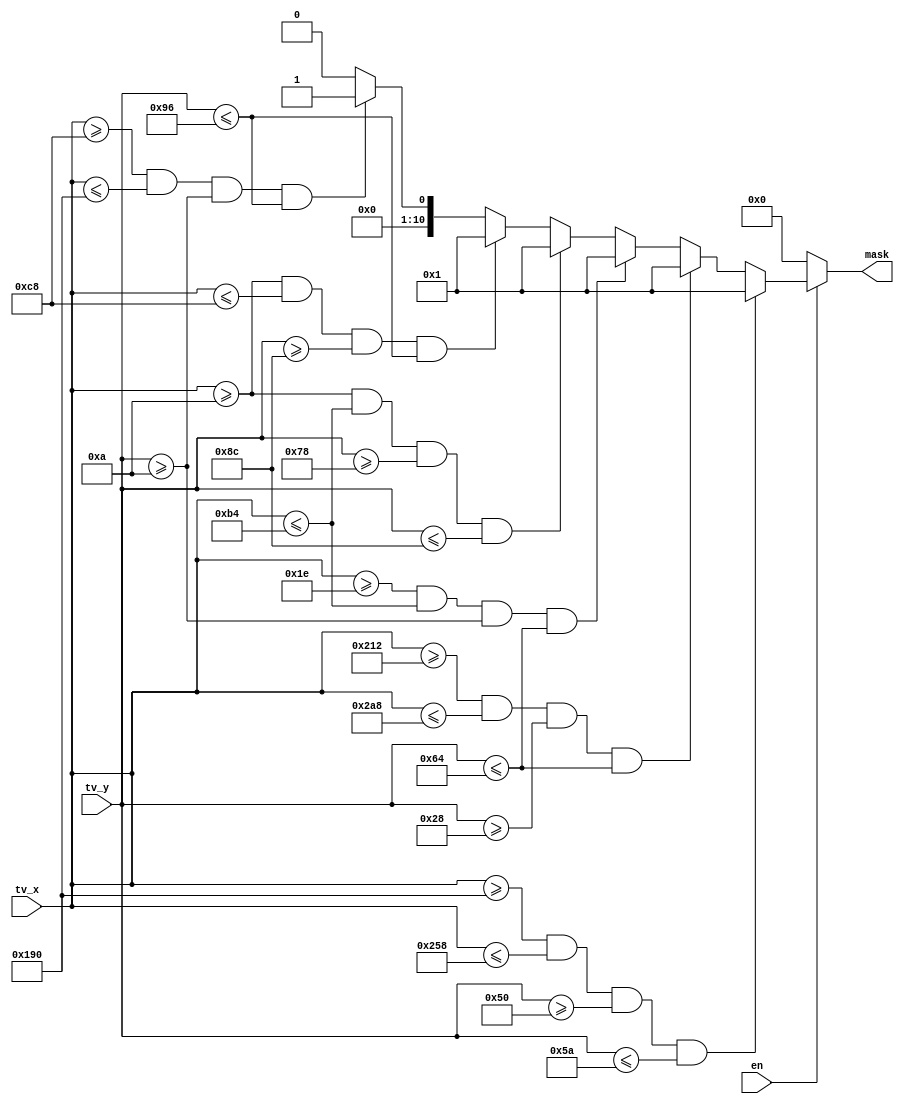
module MASK_TEST(

	input wire [9:0]tv_x,
	input wire [9:0]tv_y,
	input wire en,
	output reg [10:0]mask
	);

always @(tv_x)
	begin
		
		mask = 0;
		if(en == 1)
		begin
		
			if((tv_x >= 200)&&
			(tv_x <= 400)&&
			(tv_y >= 10)&&
			(tv_y <= 150))
				mask = 1;

			if((tv_x >= 10)&&
			(tv_x <= 200)&&
			(tv_y >= 140)&&
			(tv_y <= 150))
				mask = 1;

				
				
			if((tv_x >= 10)&&
			(tv_x <= 180)&&
			(tv_y >= 120)&&
			(tv_y <= 140))
				mask = 1;	
		
			if((tv_x >= 30)&&
			(tv_x <= 180)&&
			(tv_y >= 10)&&
			(tv_y <= 100))
				mask = 1;		
				
				
				
			if((tv_x >= 530)&&
			(tv_x <= 680)&&
			(tv_y >= 40)&&
			(tv_y <= 100))
				mask = 1;		
	
			if((tv_x >= 400)&&
			(tv_x <= 600)&&
			(tv_y >= 80)&&
			(tv_y <= 90))
				mask = 1;		
			
		end //if(en == 1)
	end 
endmodule